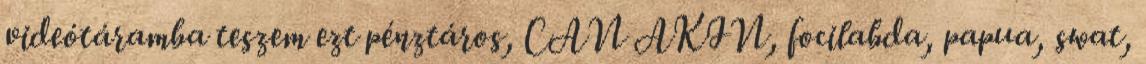
videótáramba teszem ezt pénztáros, CAN AKIN, focilabda, papua, swat,